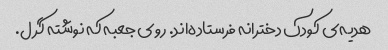
هدیه‌ی کودک دخترانه فرستاده‌اند. روی جعبه که نوشته گرل.